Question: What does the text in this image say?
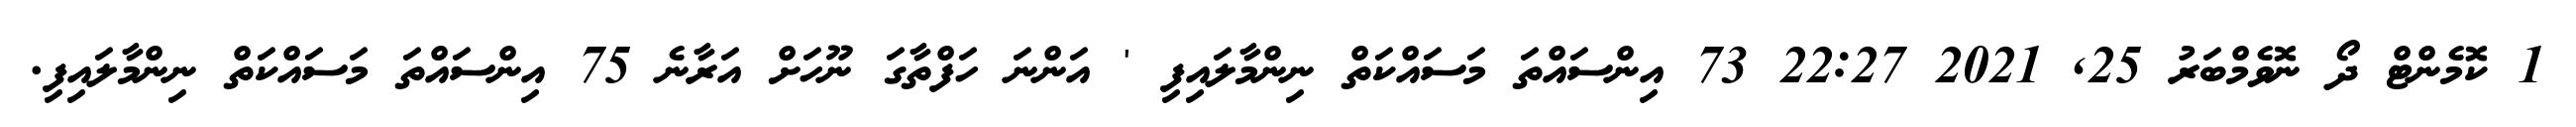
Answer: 1 ކޮމެންޓް ދޯ ނޮވެމްބަރު 25, 2021 22:27 73 އިންސައްތަ މަސައްކަތް ނިންމާލައިފި ' އަންނަ ހަފްތާގަ ނޫހަށް އަރާނެ 75 އިންސައްތަ މަސައްކަތް ނިންމާލައިފި.